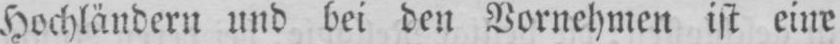
Hochländern und bei den Vornehmen ist eine